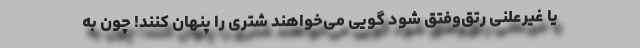
یا غیرعلنی رتق‌و‌فتق شود گویی می‌خواهند شتری را پنهان کنند! چون به